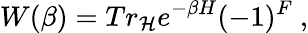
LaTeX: W(\beta)=Tr_{\cal H}e^{-\beta H}(-1)^{F}\ ,